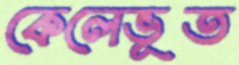
কেলেভূত